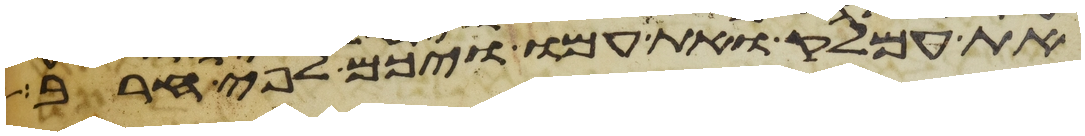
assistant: את עמלק ואת עמו ויכם לפי חרב